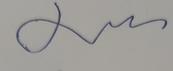
Signature authenticity: genuine